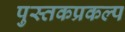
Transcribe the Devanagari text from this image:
पुस्तकप्रकल्प